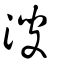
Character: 溲